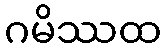
ဂမိဿထ